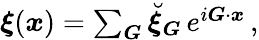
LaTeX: \begin{array}{r}{\boldsymbol\xi(\boldsymbol x)=\sum_{\boldsymbol G}\breve{\boldsymbol\xi}_{\boldsymbol G}\, e^{i\boldsymbol G\cdot\boldsymbol x}\, ,}\end{array}